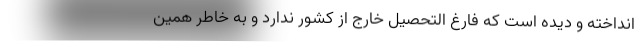
انداخته و دیده است که فارغ التحصیل خارج از کشور ندارد و به خاطر همین